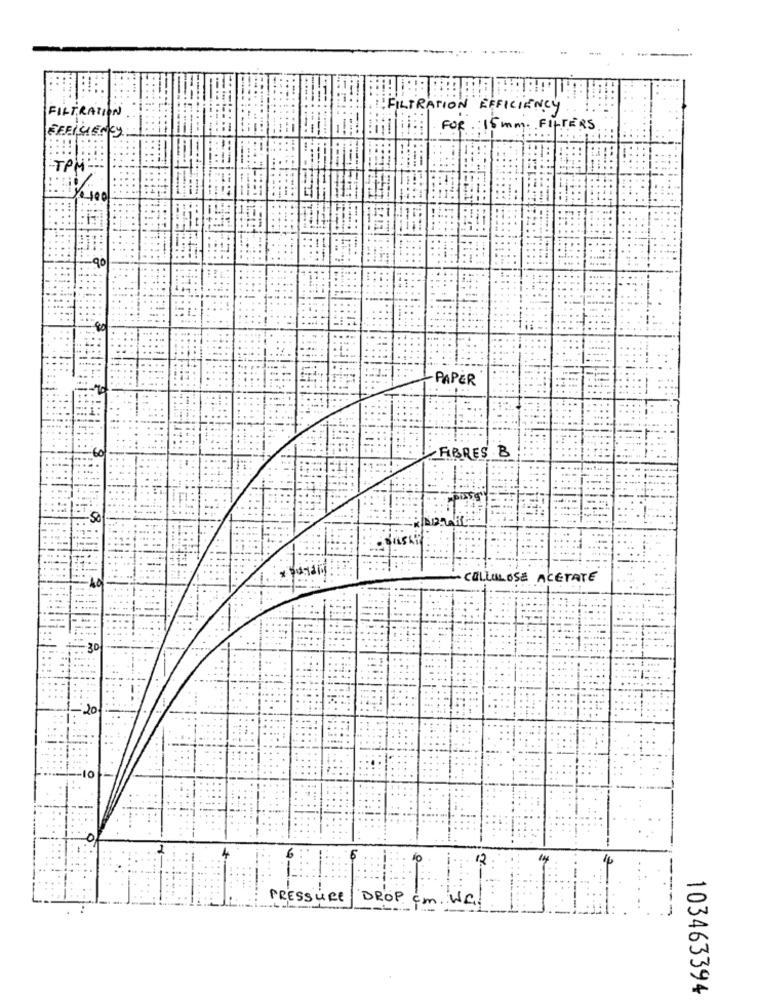
FILTRATION
FILTRATION EFFICIENCY
FEELCIENCY
FOR. 15 mm. FILTERS
TPM
PAPER
FIBRES B
- CELLULOSE ACETATE
12
---
PRESSURE
'DROP cm. WC.
103463394